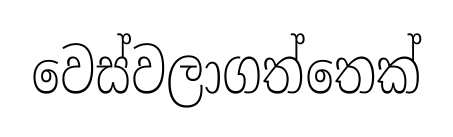
වෙස්වලාගත්තෙක්